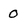
Character: 0